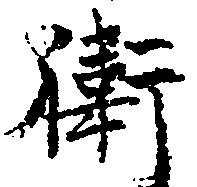
衛